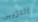
التزيين